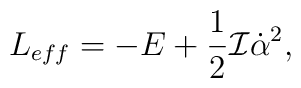
L_{eff}=-E+\frac{1}{2}{\cal I}\dot{\alpha}^{2},